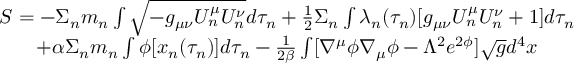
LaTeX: \begin{array} { c } { { S = - \Sigma _ { n } m _ { n } \int \sqrt { - g _ { \mu \nu } U _ { n } ^ { \mu } U _ { n } ^ { \nu } } d \tau _ { n } + \frac { 1 } { 2 } \Sigma _ { n } \int \lambda _ { n } ( \tau _ { n } ) [ g _ { \mu \nu } U _ { n } ^ { \mu } U _ { n } ^ { \nu } + 1 ] d \tau _ { n } } } \\ { { + \alpha \Sigma _ { n } m _ { n } \int \phi [ x _ { n } ( \tau _ { n } ) ] d \tau _ { n } - \frac { 1 } { 2 \beta } \int [ \nabla ^ { \mu } \phi \nabla _ { \mu } \phi - \Lambda ^ { 2 } e ^ { 2 \phi } ] \sqrt { g } d ^ { 4 } x } } \end{array}